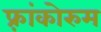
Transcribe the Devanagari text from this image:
फ़्रांकोरुम